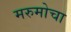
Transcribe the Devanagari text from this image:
मरुमोचा